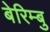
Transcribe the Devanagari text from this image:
बेरिम्बु